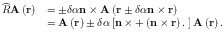
\begin{array} { r l } { \widehat { R } \mathbf { A } \left( \mathbf { r } \right) } & { = \pm \delta \alpha \mathbf { n } \times \mathbf { A } \left( \mathbf { r } \pm \delta \alpha \mathbf { n } \times \mathbf { r } \right) } \\ & { = \mathbf { A } \left( \mathbf { r } \right) \pm \delta \alpha \left[ \mathbf { n } \times + \left( \mathbf { n } \times \mathbf { r } \right) \mathbf { . \nabla } \right] \mathbf { A } \left( \mathbf { r } \right) . } \end{array}